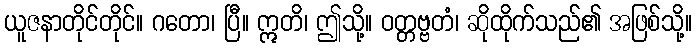
ယူဇနာတိုင်တိုင်။ ဂတော၊ ပြီ။ ဣတိ၊ ဤသို့။ ဝတ္တဗ္ဗတံ၊ ဆိုထိုက်သည်၏ အဖြစ်သို့။